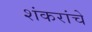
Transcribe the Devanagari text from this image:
शंकरांचे